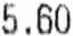
5.60